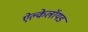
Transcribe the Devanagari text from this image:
ऐल्केलॉयड